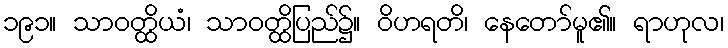
၁၉၁။ သာဝတ္ထိယံ၊ သာဝတ္ထိပြည်၌။ ဝိဟရတိ၊ နေတော်မူ၏။ ရာဟုလ၊